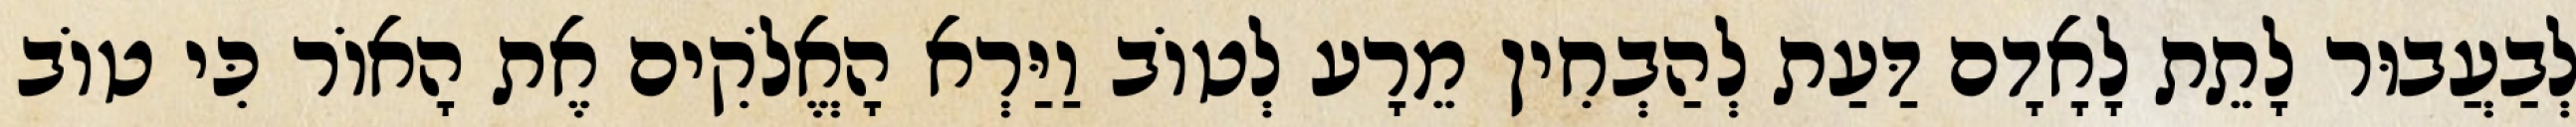
לְבַעֲבוּר לָתֵת לָאָדָם דַּעַת לְהַבְחִין מֵרָע לְטוֹב וַיַּרְא הָאֱלֹקִים אֶת הָאוֹר כִּי טוֹב